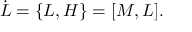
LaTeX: \dot { L } = \{ L , H \} = \lbrack M , L \rbrack .